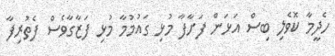
ހެދީމާ ކޮވެލި ބިސް އަޅަން ފަށާފާ މުޅި ގައުމުމާ މުޅި ފަޒާގާވެސް ފެތުރިފާ